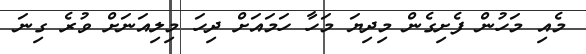
މެއި މަހުން ފެށިގެން މިދިޔަ މަހާ ހަމައަށް ދިހަ މިލިއަނަށް ވުރެ ގިނަ